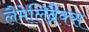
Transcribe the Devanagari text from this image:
लैमेलिब्रैंक्स